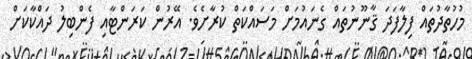
މުހުތާދުތައް ފިލާފަދަ ޤާނޫނުތައް ގެނައުމަށް މަސައްކަތް ކުރާށެވެ. އޭރުން ކަރަންޓާއި ފެންބިލު ދައްކާކަށް